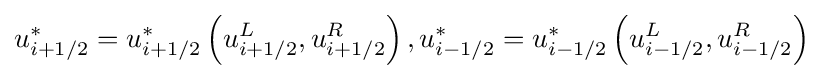
u_{i+1/2}^{*}=u_{i+1/2}^{*}\left(u_{i+1/2}^{L},u_{i+1/2}^{R}\right),u_{i-1/2}^{*}=u_{i-1/2}^{*}\left(u_{i-1/2}^{L},u_{i-1/2}^{R}\right)